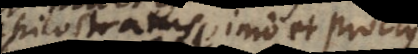
Philostratus, imo et Proclus